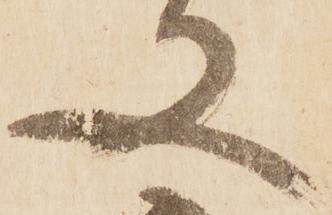
又